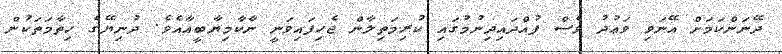
ދޭނަންކަމަށް އޭނަވި ވަޢުދު ވެސް ފުއްދައިދިނުމުގައި ކުރިމަތިލާން ޖެހިފައިވަނީ ނާކާމިޔާބީއާއެވެ. ދުނިޔޭގެ ހިތާމަތަކުން